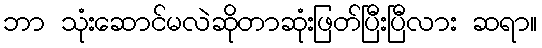
ဘာ သုံးဆောင်မလဲဆိုတာဆုံးဖြတ်ပြီးပြီလား ဆရာ။